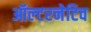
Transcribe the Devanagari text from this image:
ऑल्‍टरनेटिव